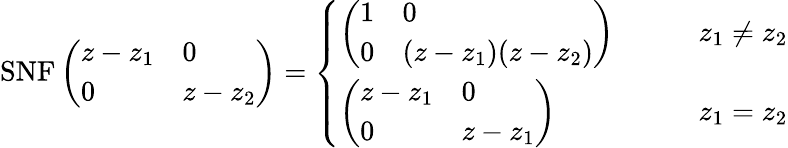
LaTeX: \mathrm{SNF}\left(\begin{array}{ll}{z-z_{1}}&{0}\\ {0}&{z-z_{2}}\end{array}\right)=\left\{ \begin{array}{ll}{\left(\begin{array}{ll}{1}&{0}\\ {0}&{(z-z_{1})(z-z_{2})}\end{array}\right)}&{\qquad z_{1}\neq z_{2}}\\ {\left(\begin{array}{ll}{z-z_{1}}&{0}\\ {0}&{z-z_{1}}\end{array}\right)}&{\qquad z_{1}=z_{2}}\end{array}\right.